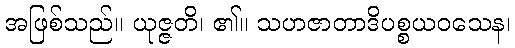
အဖြစ်သည်။ ယုဇ္ဇတိ၊ ၏။ သဟဇာတာဒိပစ္စယဝသေန၊